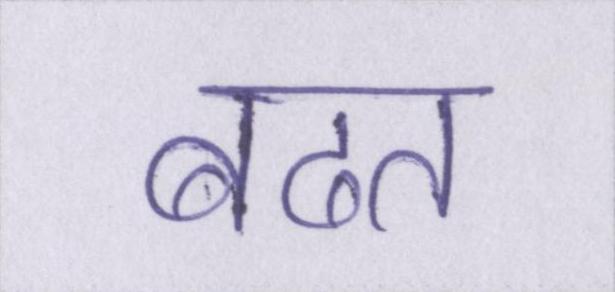
बढत